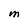
Character: M